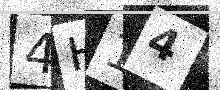
Text: 4H14